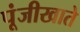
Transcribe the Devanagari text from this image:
पूंजीखाते